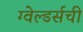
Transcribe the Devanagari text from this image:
ग्वेल्डर्सची